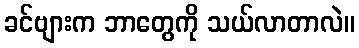
ခင်ဗျားက ဘာတွေကို သယ်လာတာလဲ။